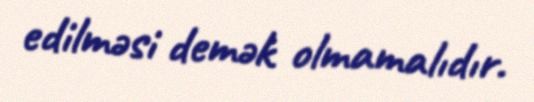
edilməsi demək olmamalıdır.